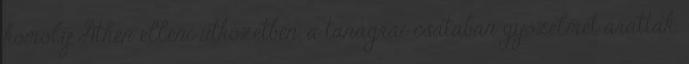
komoly Athén elleni ütközetben, a tanagrai csatában győzelmet arattak.